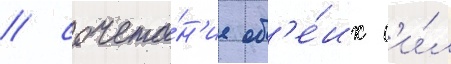
/ сочета́н'ие об'е́их с'и́л